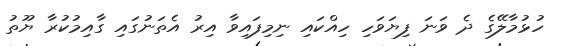
ހުޅުމާލޭގެ ދެ ވަނަ ފިޔަވަހި ހިއްކައި ނިމިފައިވާ އިރު އެތަނުގައި ގާއިމުކުރާ ޔޫތު